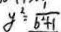
y ^ { 2 } = \frac { 1 } { b ^ { 2 } + 1 }